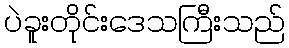
ပဲခူးတိုင်းဒေသကြီးသည်